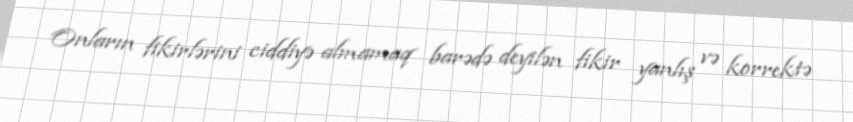
Onların fikirlərini ciddiyə almamaq barədə deyilən fikir yanlış və korrektə